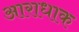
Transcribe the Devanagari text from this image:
आराधाक